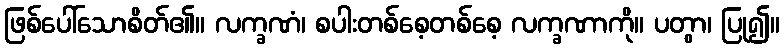
ဖြစ်ပေါ်သောစိတ်၏။ လက္ခဏံ၊ စပါးတစ်စေ့တစ်စေ့ လက္ခဏာကို။ ပတွာ၊ ပြု၍။